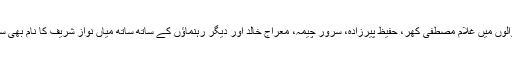
پیسے لینے والوں میں غلام مصطفی کھر، حفیظ پیرزادہ، سرور چیمہ، معراج خالد اور دیگر رہنماؤں کے ساتھ ساتھ میاں نواز شریف کا نام بھی سامنے آیا تھا۔